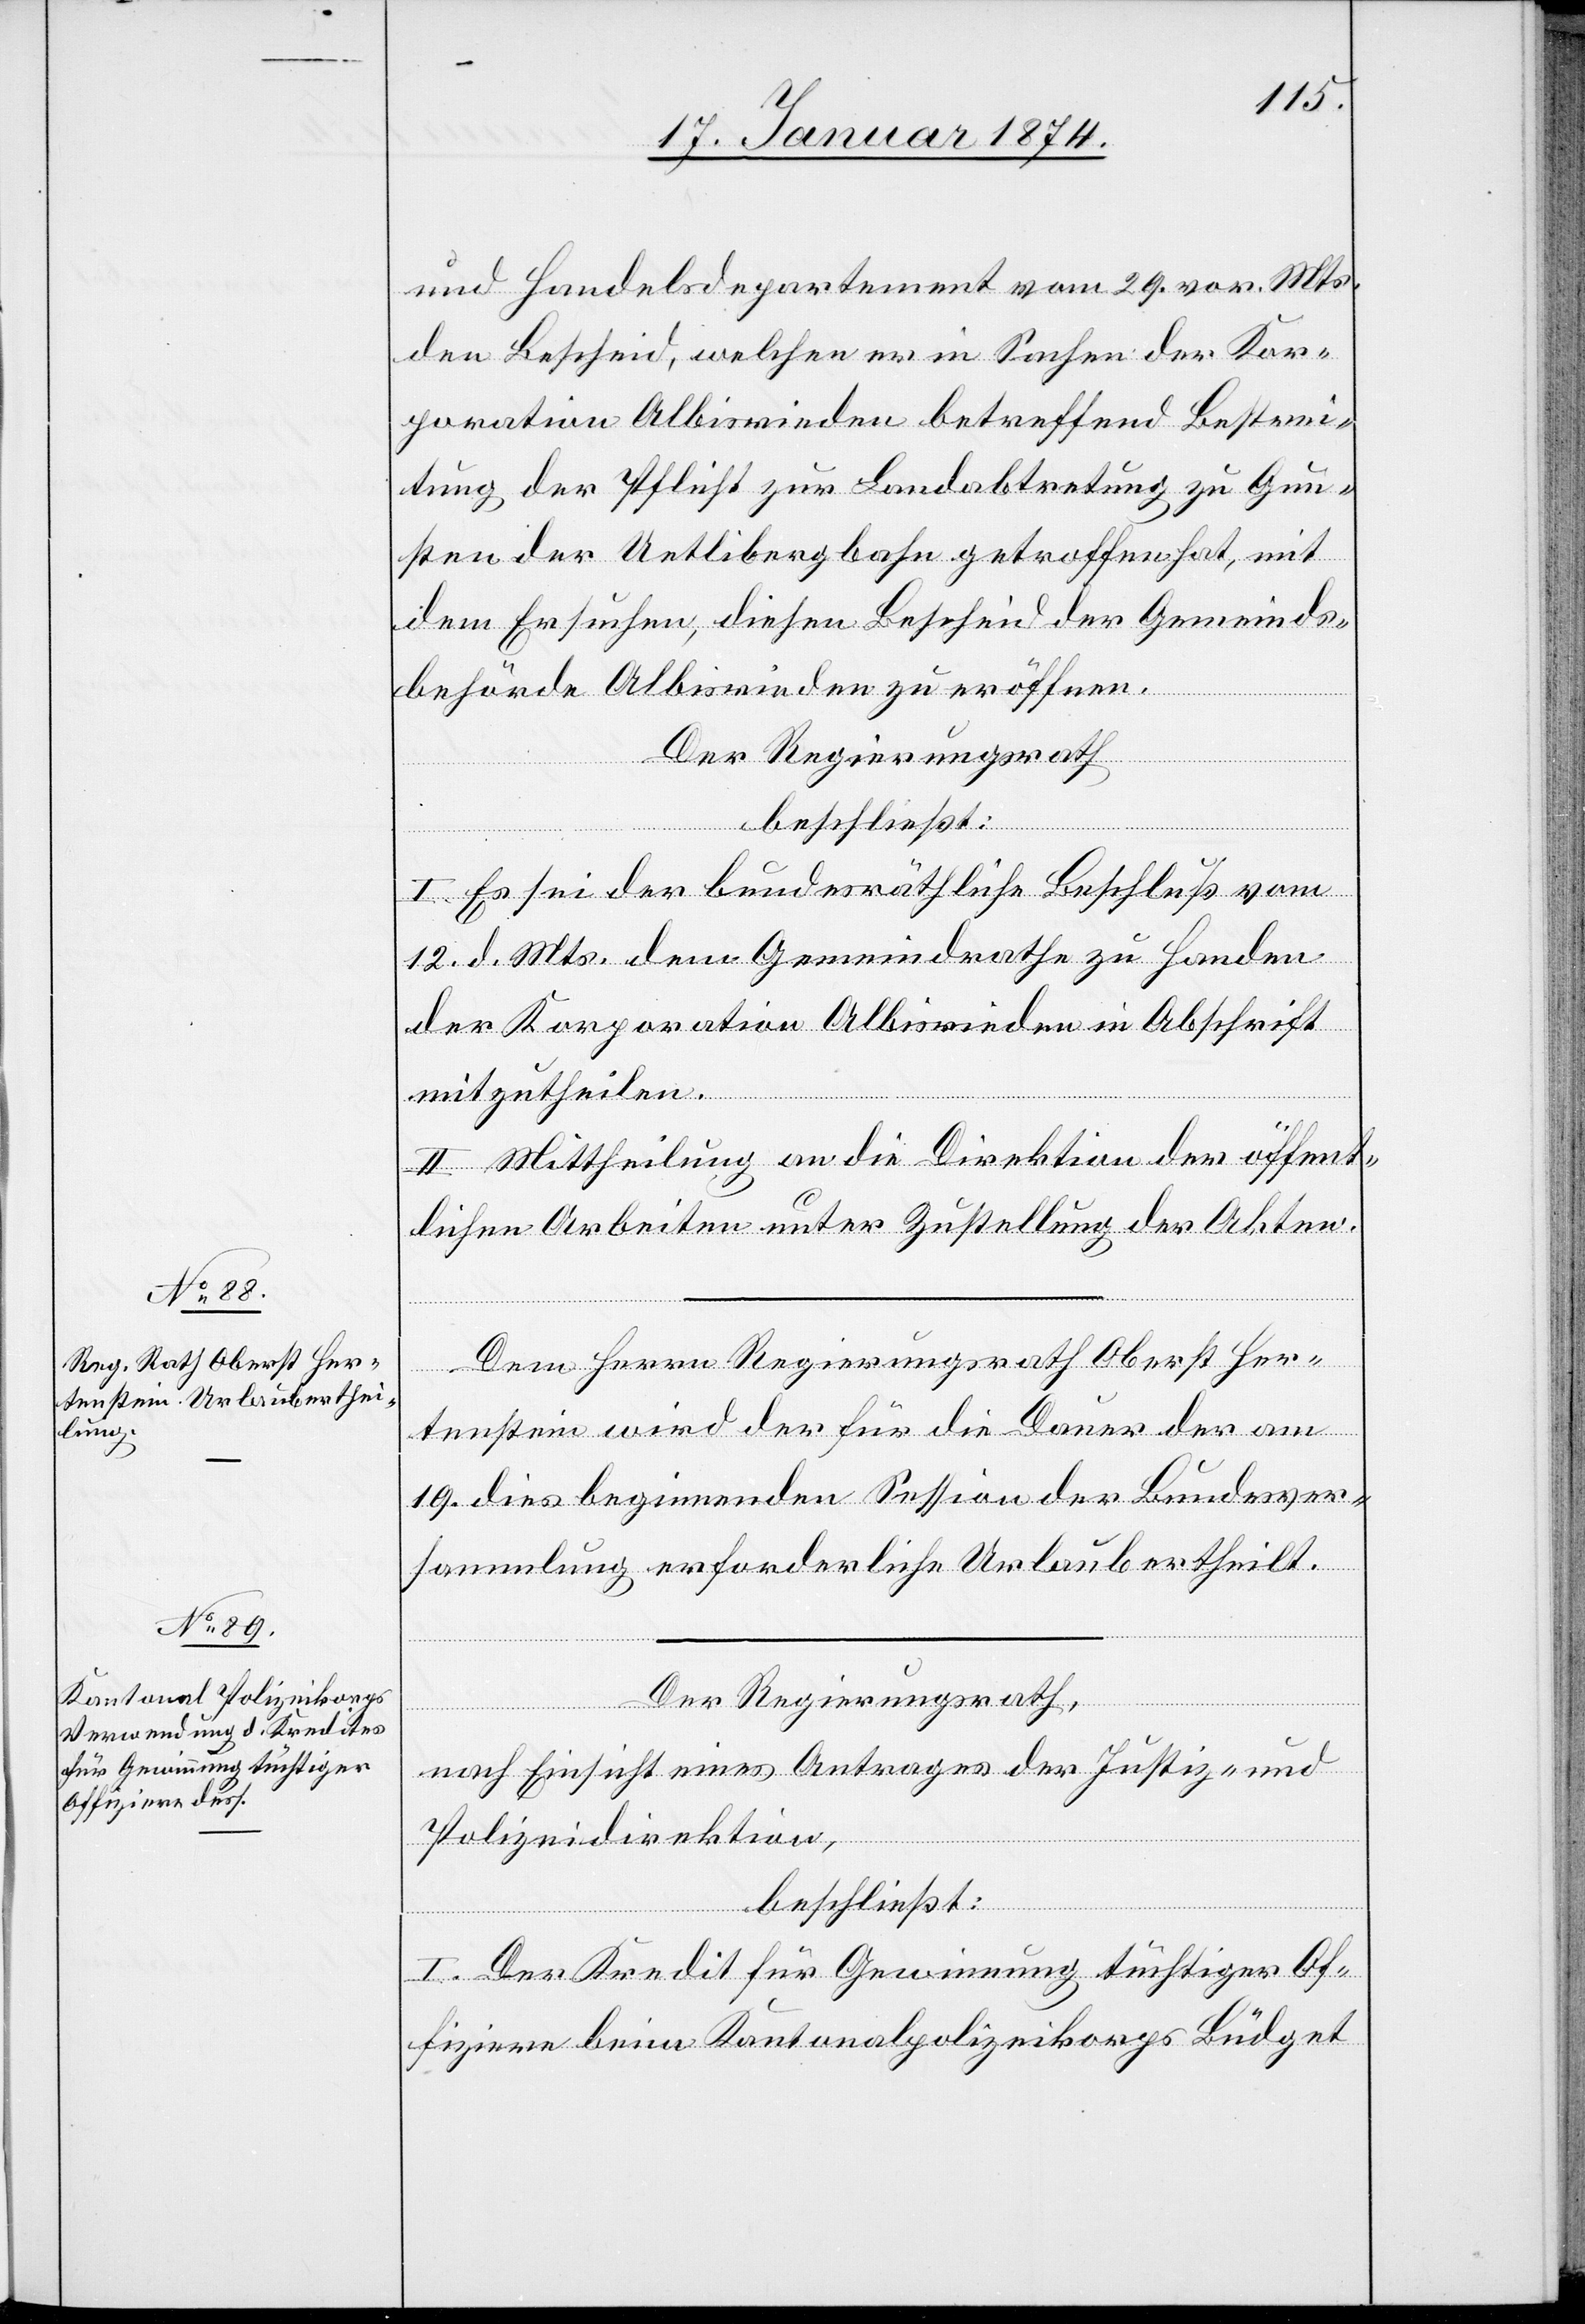
und Handelsdepartement vom 29. vor. Mts.
den Bescheid, welchen er in Sachen der Kor¬
poration Albisrieden betreffend Bestrei¬
tung der Pflicht zur Landabtretung zu Gun¬
sten der Uetlibergbahn getroffen hat, mit
dem Ersuchen, diesen Bescheid der Gemeinds¬
behörde Albisrieden zu eröffnen.
Der Regierungsrath
beschließt:
I. Es sei der bundesräthliche Beschluß vom
12. d. Mts. dem Gemeindrathe zu Handen
der Korporation Albisrieden in Abschrift
mitzutheilen.
II. Mittheilung an die Direktion der öffent¬
lichen Arbeiten unter Zustellung der Akten.
Dem Herrn Regierungsrath Oberst Her¬
tenstein wird der für die Dauer der am
19. dies beginnenden Session der Bundesver¬
sammlung erforderliche Urlaub ertheilt.
Der Regierungsrath,
nach Einsicht eines Antrages der Justiz- und
Polizeidirektion,
beschließt:
I. Der Kredit für Gewinnung tüchtiger Of¬
fiziere beim Kantonalpolizeikorps Büdget